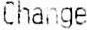
CHANGE